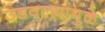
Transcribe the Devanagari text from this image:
उडवल्यामुळे